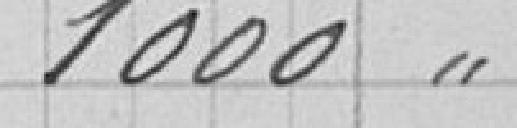
1000